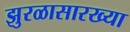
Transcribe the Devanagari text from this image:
झुरळासारख्या